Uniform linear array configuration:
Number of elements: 48
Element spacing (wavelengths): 0.5
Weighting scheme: binomial
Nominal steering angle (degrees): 45
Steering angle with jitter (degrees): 45.53
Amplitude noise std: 0.05
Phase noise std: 0.05

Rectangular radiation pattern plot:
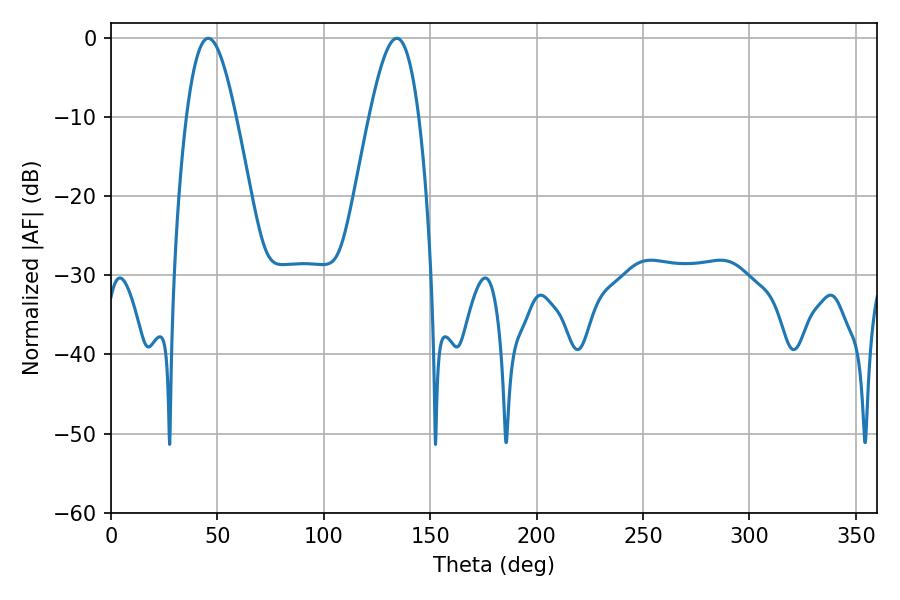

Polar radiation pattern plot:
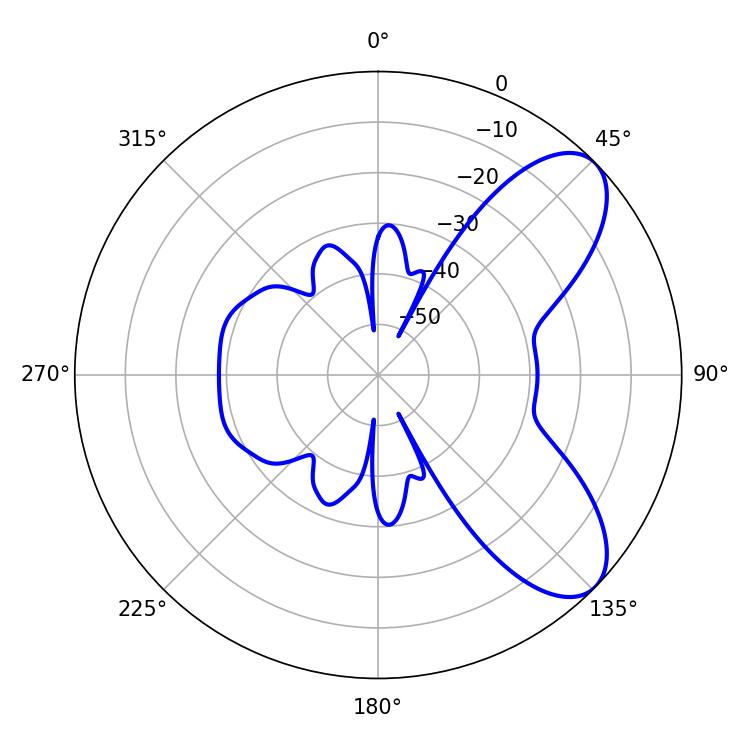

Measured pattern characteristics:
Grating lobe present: FALSE
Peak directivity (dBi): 7.647
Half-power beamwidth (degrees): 12.6
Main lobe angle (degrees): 45.72